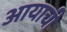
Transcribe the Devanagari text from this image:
आयाची